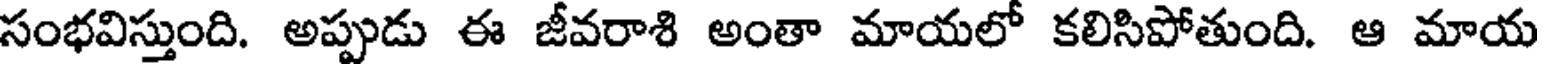
సంభవిస్తుంది. అప్పుడు ఈ జీవరాశి అంతా మాయలో కలిసిపోతుంది. ఆ మాయ